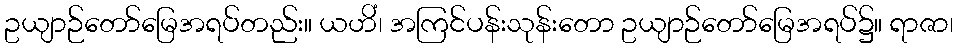
ဥယျာဉ်တော်မြေအရပ်တည်း။ ယဟိံ၊ အကြင်ပန်းသုန်းတော ဥယျာဉ်တော်မြေအရပ်၌။ ရာဇာ၊